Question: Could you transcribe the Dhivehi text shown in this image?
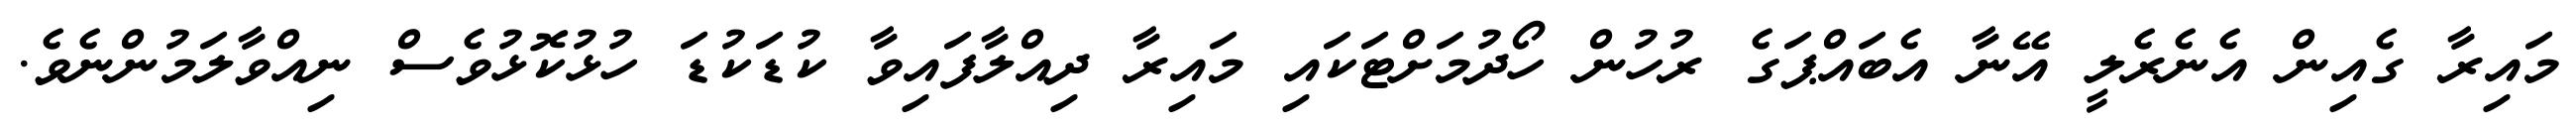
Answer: މައިރާ ގެއިން އެނެރެލީ އޭނާ އެބައްޕަގެ ރުހުން ހޯދުމަށްޓަކައި މައިރާ ދިއްލާފައިވާ ކުޑަކުޑަ ހުޅުކޮޅުވެސް ނިއްވާލަމުންނެވެ.